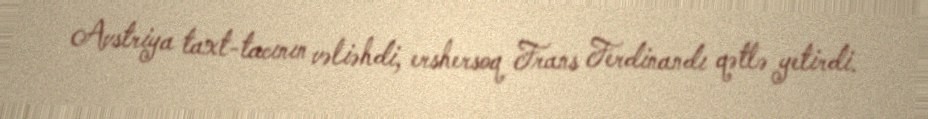
Avstriya taxt-tacının vəliəhdi, ershersoq Frans Ferdinandı qətlə yetirdi.